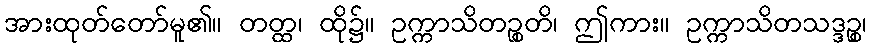
အားထုတ်တော်မူ၏။ တတ္ထ၊ ထို၌။ ဥက္ကာသိတဉ္စတိ၊ ဤကား။ ဥက္ကာသိတသဒ္ဒဉ္စ၊